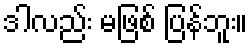
ဒါလည်း မဖြစ် ပြန်ဘူး။